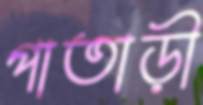
পাতাড়ী